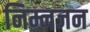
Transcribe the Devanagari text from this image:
निम्नजन